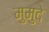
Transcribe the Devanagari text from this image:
मुमुदे